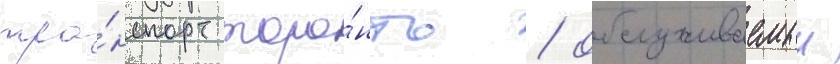
тра́нспорт торо́нто / обслуживаемыи